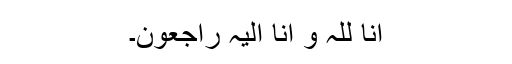
انا للہ و انا الیہ راجعون۔